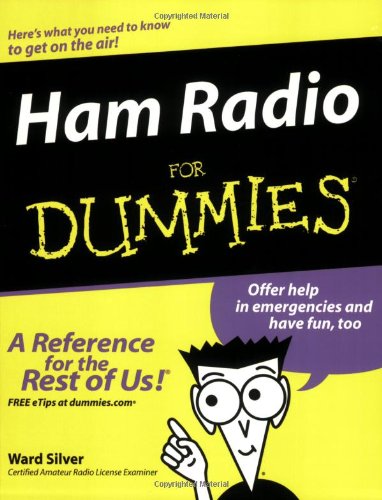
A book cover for Ham Radio For Dummies; H. Ward Silver; Crafts, Hobbies & Home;